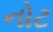
નોટ